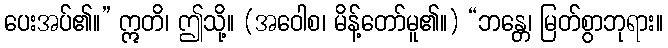
ပေးအပ်၏။” ဣတိ၊ ဤသို့။ (အဝေါစ၊ မိန့်တော်မူ၏။) “ဘန္တေ၊ မြတ်စွာဘုရား။